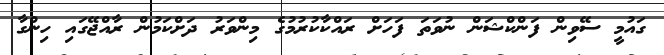
ގައުމީ ސޭވިން ފަންކްޝަން ނުވަތަ ފަހަށް ރައްކާކުރުމުގެ މިންވަރު ދަށްކަމުން ރާއްޖޭގައި ހިންގާ